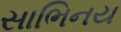
સાભિનય